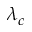
\lambda _ { c }